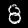
Label: 8